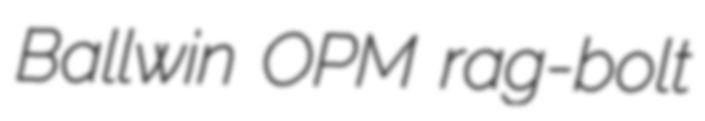
Ballwin OPM rag-bolt